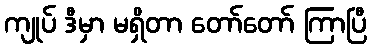
ကျုပ် ဒီမှာ မရှိတာ တော်တော် ကြာပြီ